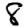
Digit: 8